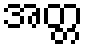
အတ္တ